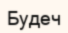
Будеч